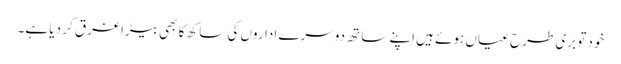
خود تو بری طرح عیاں ہوئے ہیں اپنے ساتھ دوسرے اداروں کی ساکھ کا بھی بیڑا غرق کر دیا ہے۔